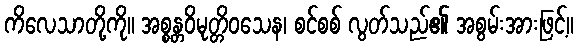
ကိလေသာတို့ကို။ အစ္စန္တဝိမုတ္တိဝသေန၊ စင်စစ် လွတ်သည်၏ အစွမ်းအားဖြင့်။